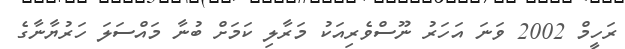
ރަހީމް 2002 ވަނަ އަހަރު ނޫސްވެރިއަކު މަރާލި ކަމަށް ބުނާ މައްސަލަ ހަރުޔާނާގެ